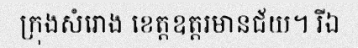
ក្រុងសំរោង ខេត្តឧត្តរមានជ័យ។ រីឯ